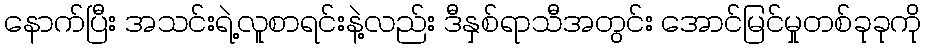
နောက်ပြီး အသင်းရဲ့လူစာရင်းနဲ့လည်း ဒီနှစ်ရာသီအတွင်း အောင်မြင်မှုတစ်ခုခုကို